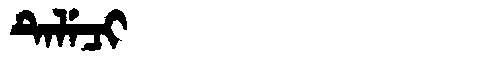
Manchu: ᡨᡝᠯᡝᠴᡳ
Romanization: TELECI